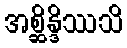
အစ္ဆိန္ဒိဿသိ